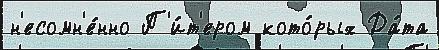
н'есомн'е́нно П'и́т'ером кото́рых Да́та